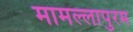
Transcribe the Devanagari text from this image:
मामल्लापुरम